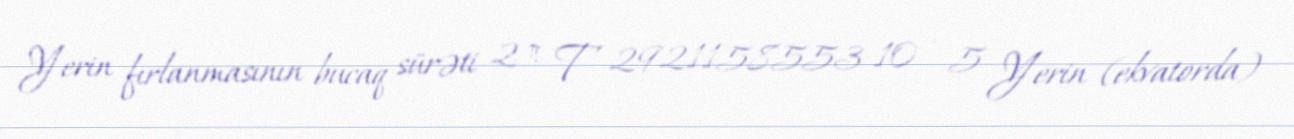
Yerin fırlanmasının bucaq sürəti 2 π T 2921158553 10 − 5 Yerin (ekvatorda)